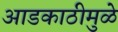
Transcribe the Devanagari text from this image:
आडकाठीमुळे